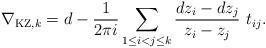
LaTeX: \begin{align*}\nabla_{\mathrm{KZ},k}=d-\frac{1}{2\pi i}\sum_{1\leq i<j\leq k}\frac{dz_i-dz_j}{z_i-z_j}\ t_{ij}.\end{align*}